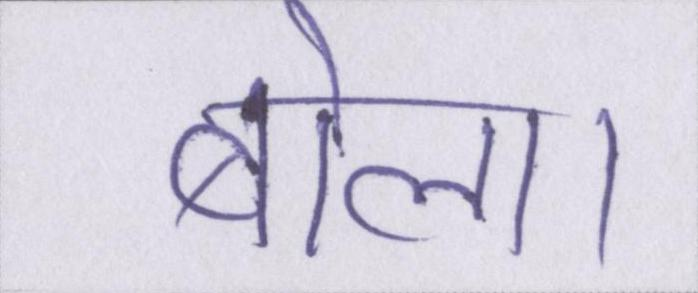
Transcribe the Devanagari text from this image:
बोला।